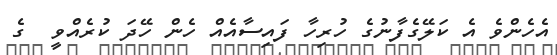
އެހެންވެ އެ ކަލޭގެފާނުގެ ހުރިހާ ފައިސާއެއް ހެން ހޭދަ ކުރެއްވީ  ގެ